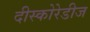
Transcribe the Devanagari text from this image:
दीस्कोरेडीज